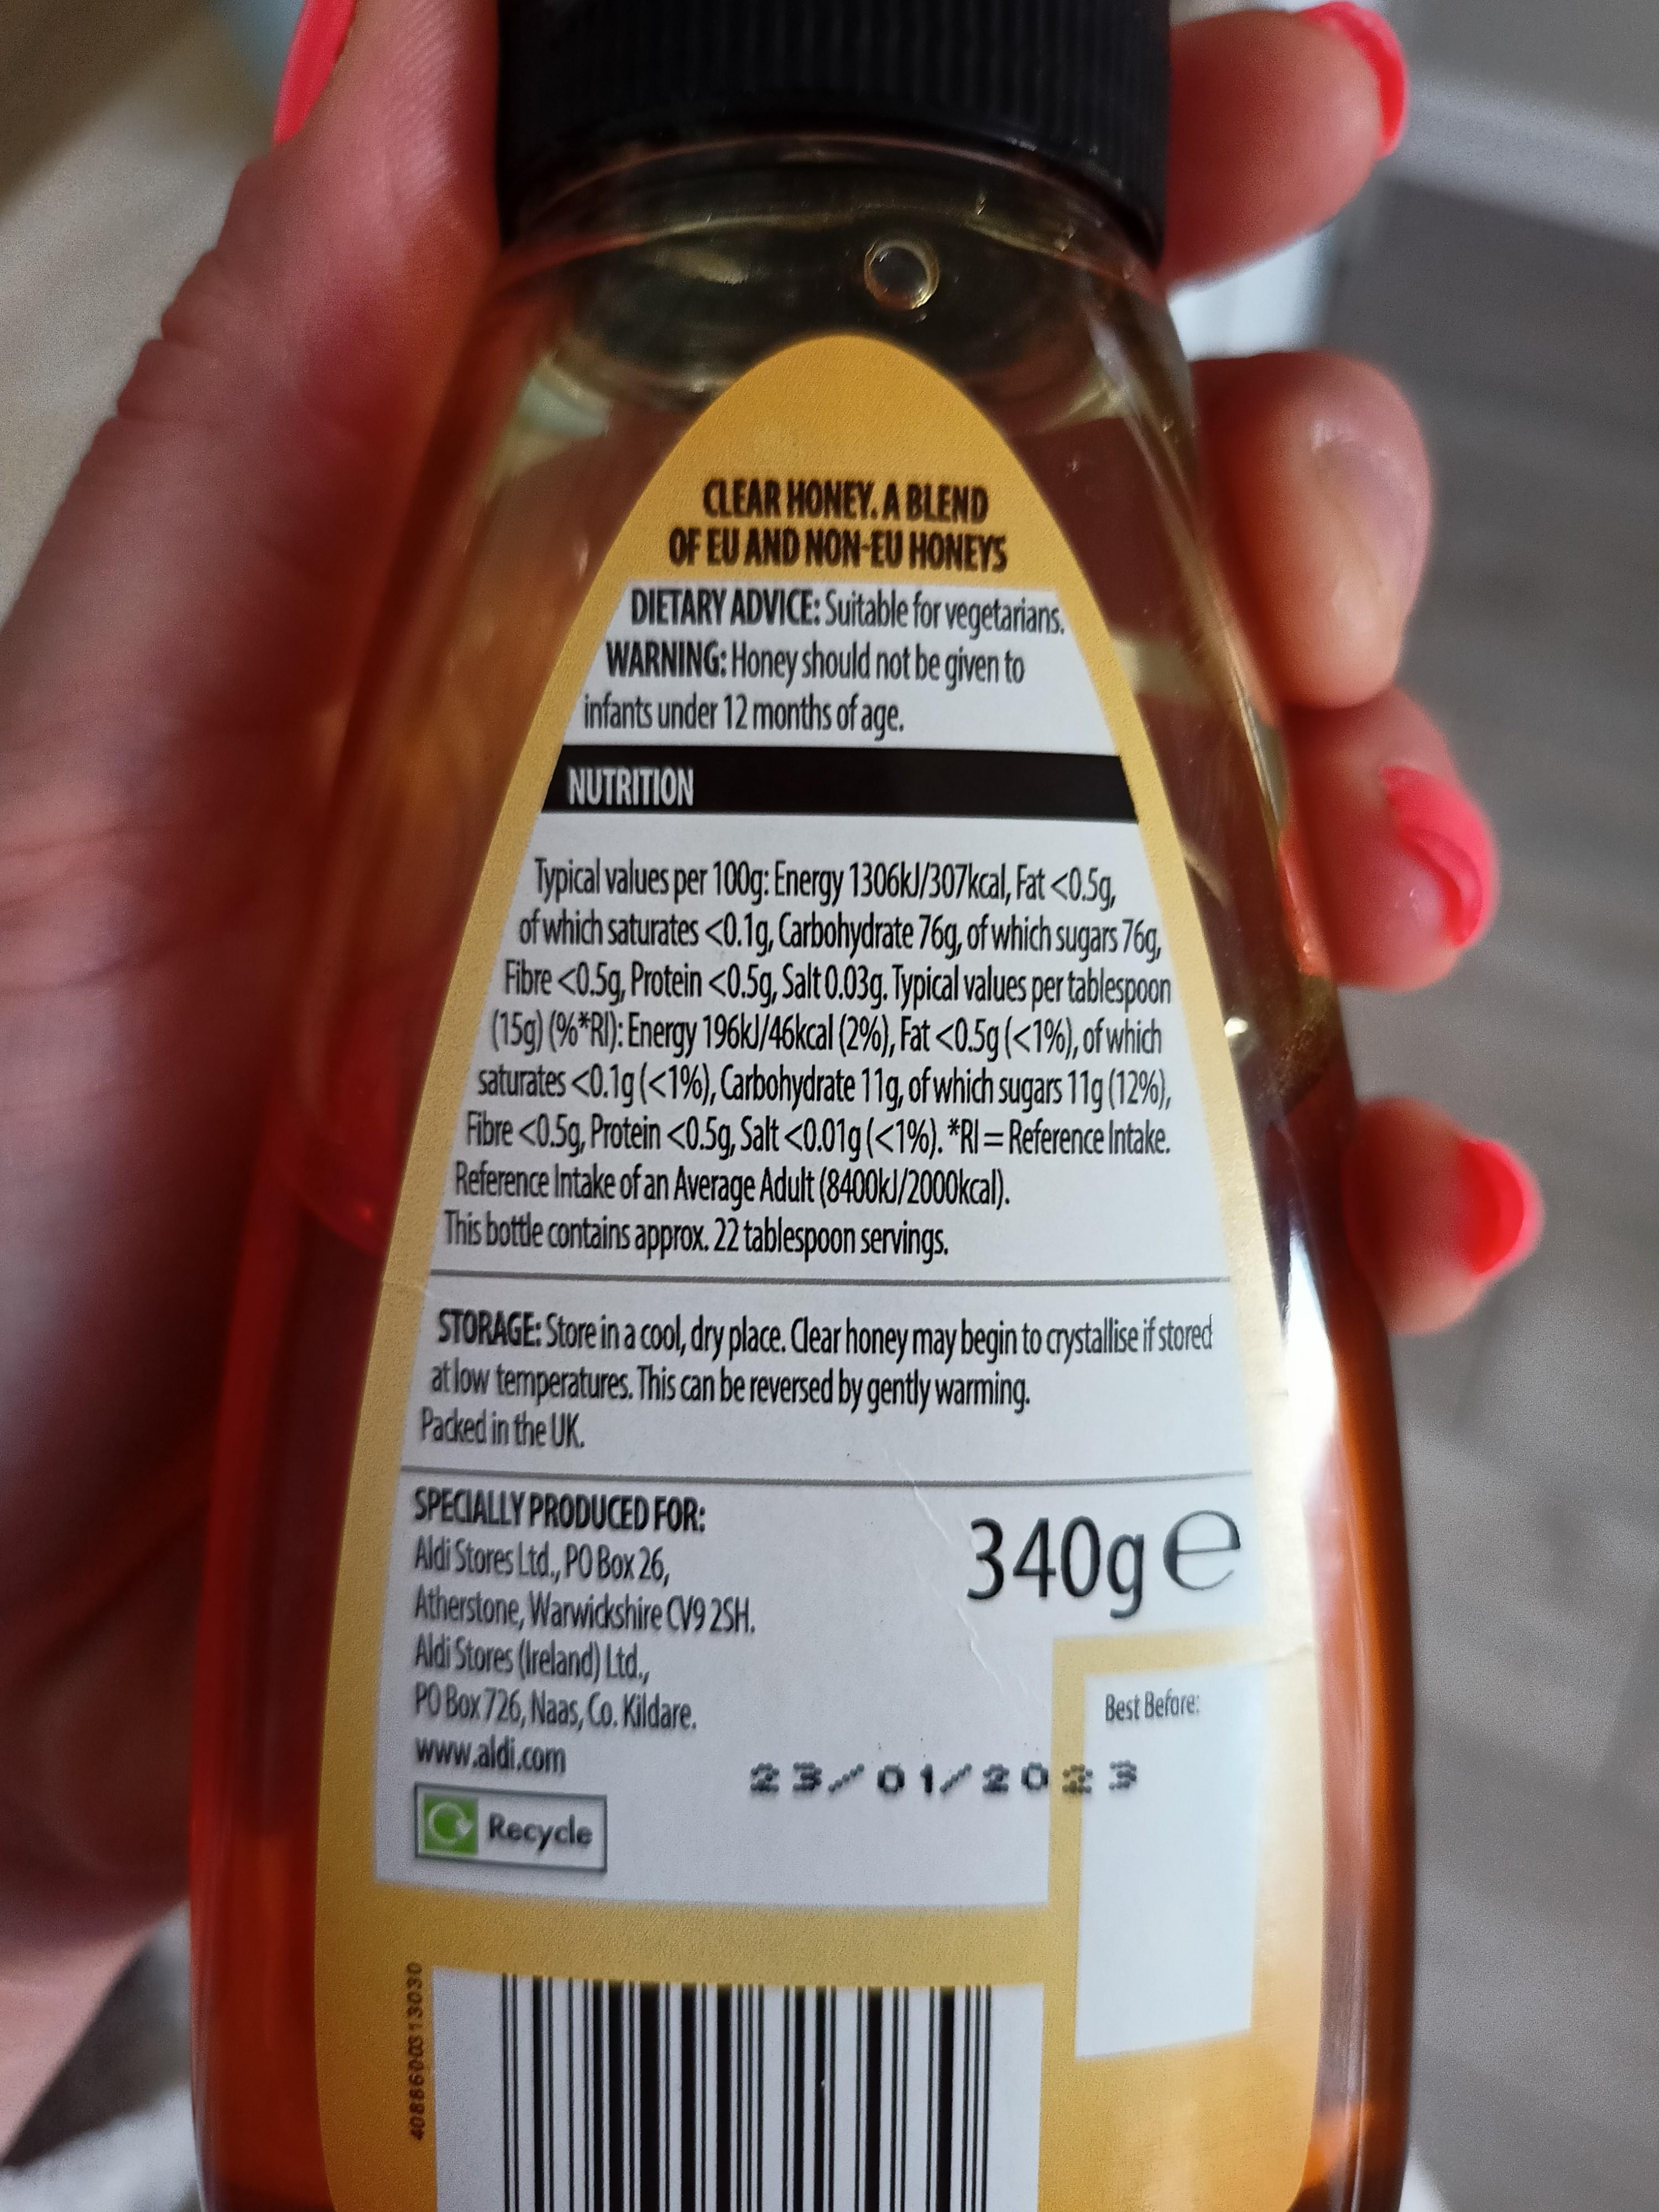
CLEAR HONEY.A BLEND OF EU AND NON-EU HONEYS DIETARY ADVICE: Suitable for vegetarians. WARNING: Honey should not be given to infants under 12 months of age.
NUTRITION
Typical values per 100g: Energy 1306kJ/307kcal, Fat <0.5g, of which saturates <0.1g, Carbohydrate 76g, of which sugars 76g, Fibre <0.5g, Protein <0.5g, Salt 0.03g. Typical values per tablespoon (15g) (%*R): Energy 196kJ/46kcal (2%), Fat <0.5g(<1%), ofwhich saturates <0.1g(<1%), Carbohydrate 11g, of which sugars 11g (129%), Fibre <0.5g, Protein <0.5g, Salt <0.01g(<1%). *RI=Reference Intake. Reference Intake of an Average Adult (8400kJ/2000kcal). This bottle contains approx. 22 tablespoon servings.
%3D
STORAGE: Store in a cool, dry place. Clear honey may begin to crystallise f stored at low temperatures. This can be reversed by gently warming. Padked in the UK.
SPECIALLY PRODUCED FOR: Aldi Stores Ltd, PO Box 26, Atherstone, Warwidkshire CV9 2SH. Aldi Stores (freland) Ltd., PO Box 726, Naas, Co. Kildare. www.aldi.com
340ge
Best Befare:
23/01/2023
Recycle